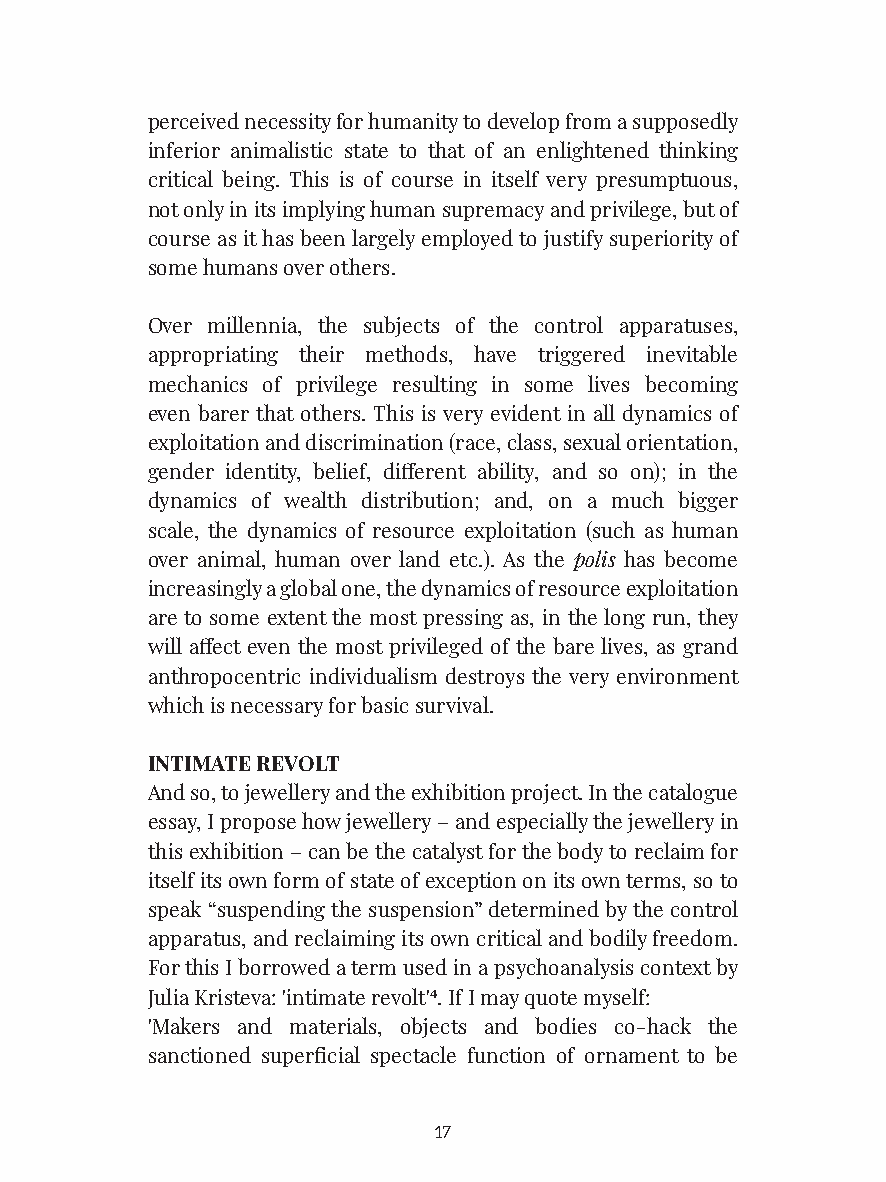
perceived necessity for humanity to develop from a supposedly
 inferior animalistic state to that of an enlightened thinking
 critical being. This is of course in itself very presumptuous,
 not only in its implying human supremacy and privilege, but of
 course as it has been largely employed to justify superiority of
 some humans over others.
 Over millennia, the subjects of the control apparatuses,
 appropriating their methods, have triggered inevitable
 mechanics of privilege resulting in some lives becoming
 even barer that others. This is very evident in all dynamics of
 exploitation and discrimination (race, class, sexual orientation,
 gender identity, belief, different ability, and so on); in the
 dynamics of wealth distribution; and, on a much bigger
 scale, the dynamics of resource exploitation (such as human
 over animal, human over land etc.). As the polis has become
 increasingly a global one, the dynamics of resource exploitation
 are to some extent the most pressing as, in the long run, they
 will affect even the most privileged of the bare lives, as grand
 anthropocentric individualism destroys the very environment
 which is necessary for basic survival.
 INTIMATE REVOLT
 And so, to jewellery and the exhibition project. In the catalogue
 essay, I propose how jewellery – and especially the jewellery in
 this exhibition – can be the catalyst for the body to reclaim for
 itself its own form of state of exception on its own terms, so to
 speak “suspending the suspension” determined by the control
 apparatus, and reclaiming its own critical and bodily freedom.
 For this I borrowed a term used in a psychoanalysis context by
 Julia Kristeva: 'intimate revolt'4. If I may quote myself:
 'Makers and materials, objects and bodies co-hack the
 sanctioned superficial spectacle function of ornament to be
 17